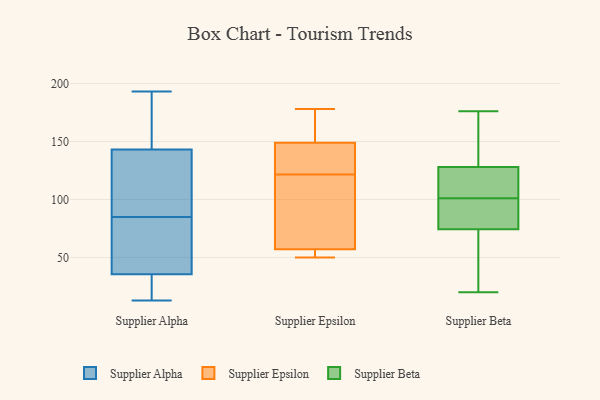
{"axis": {"x": "Tickets Resolved", "y": "Value"}, "legend": ["Supplier Alpha", "Supplier Beta", "Supplier Epsilon"], "data": [{"x": "", "y": 39, "type": "Supplier Alpha"}, {"x": "", "y": 13, "type": "Supplier Alpha"}, {"x": "", "y": 149, "type": "Supplier Alpha"}, {"x": "", "y": 26, "type": "Supplier Alpha"}, {"x": "", "y": 193, "type": "Supplier Alpha"}, {"x": "", "y": 43, "type": "Supplier Alpha"}, {"x": "", "y": 112, "type": "Supplier Alpha"}, {"x": "", "y": 78, "type": "Supplier Alpha"}, {"x": "", "y": 137, "type": "Supplier Alpha"}, {"x": "", "y": 33, "type": "Supplier Alpha"}, {"x": "", "y": 152, "type": "Supplier Alpha"}, {"x": "", "y": 22, "type": "Supplier Alpha"}, {"x": "", "y": 179, "type": "Supplier Alpha"}, {"x": "", "y": 110, "type": "Supplier Alpha"}, {"x": "", "y": 38, "type": "Supplier Alpha"}, {"x": "", "y": 92, "type": "Supplier Alpha"}, {"x": "", "y": 178, "type": "Supplier Epsilon"}, {"x": "", "y": 57, "type": "Supplier Epsilon"}, {"x": "", "y": 149, "type": "Supplier Epsilon"}, {"x": "", "y": 99, "type": "Supplier Epsilon"}, {"x": "", "y": 116, "type": "Supplier Epsilon"}, {"x": "", "y": 127, "type": "Supplier Epsilon"}, {"x": "", "y": 131, "type": "Supplier Epsilon"}, {"x": "", "y": 165, "type": "Supplier Epsilon"}, {"x": "", "y": 52, "type": "Supplier Epsilon"}, {"x": "", "y": 50, "type": "Supplier Epsilon"}, {"x": "", "y": 67, "type": "Supplier Beta"}, {"x": "", "y": 113, "type": "Supplier Beta"}, {"x": "", "y": 105, "type": "Supplier Beta"}, {"x": "", "y": 101, "type": "Supplier Beta"}, {"x": "", "y": 90, "type": "Supplier Beta"}, {"x": "", "y": 81, "type": "Supplier Beta"}, {"x": "", "y": 176, "type": "Supplier Beta"}, {"x": "", "y": 72, "type": "Supplier Beta"}, {"x": "", "y": 151, "type": "Supplier Beta"}, {"x": "", "y": 133, "type": "Supplier Beta"}, {"x": "", "y": 20, "type": "Supplier Beta"}]}